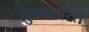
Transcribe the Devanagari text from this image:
सुखाग्रस्‍त